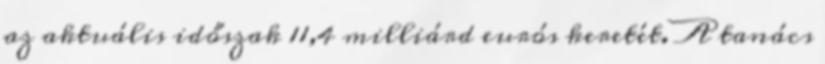
az aktuális időszak 11,4 milliárd eurós keretét. A tanács